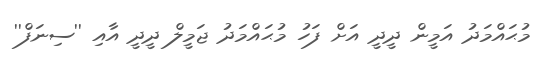
މުޙައްމަދު އަމީން ދީދީ އަށް ފަހު މުޙައްމަދު ޖަމީލް ދީދީ އާއި ''ސިނަފް''